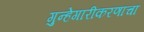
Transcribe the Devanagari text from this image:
गुन्हेगारीकरणाचा